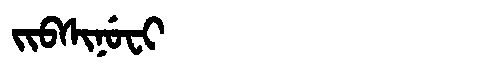
Manchu: ᠵᡳᠪᠰᡳᠨᡠᠸᡳ
Romanization: JIBSINUFI